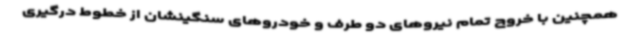
همچنین با خروج تمام نیروهای دو طرف و خودروهای سنگینشان از خطوط درگیری